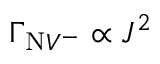
\Gamma _ { \mathrm { N } V ^ { - } } \propto J ^ { 2 }